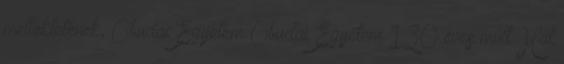
mellékletének, Óbudai Egyetem Óbudai Egyetem 130 éves múlt Hat